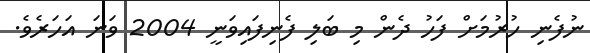
ނުފެނި ހުރުމަށް ފަހު ދެން މި ބަލި ފެނިފައިވަނީ 2004 ވަނަ އަހަރެވެ.